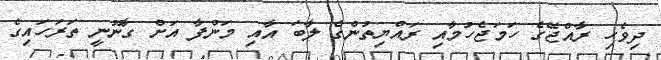
ދިވެހި ރާއްޖޭގެ ހަމަޖެހުމާއި ރައްޔިތުންގެ ލާބަ އާއި މަންފާ އަށް ގާނޫނީ ތަރަހައިގެ